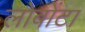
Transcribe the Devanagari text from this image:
लोबोंटा